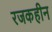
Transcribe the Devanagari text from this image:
रजकहीन